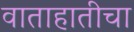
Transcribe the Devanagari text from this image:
वाताहातीचा